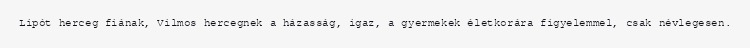
Lipót herceg fiának, Vilmos hercegnek a házasság, igaz, a gyermekek életkorára figyelemmel, csak névlegesen.